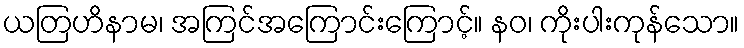
ယတြဟိနာမ၊ အကြင်အကြောင်းကြောင့်။ နဝ၊ ကိုးပါးကုန်သော။